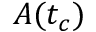
A ( t _ { c } )